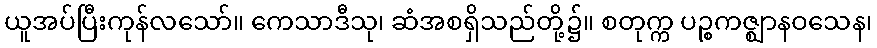
ယူအပ်ပြီးကုန်လသော်။ ကေသာဒီသု၊ ဆံအစရှိသည်တို့၌။ စတုက္က ပဉ္စကဇ္ဈာနဝသေန၊